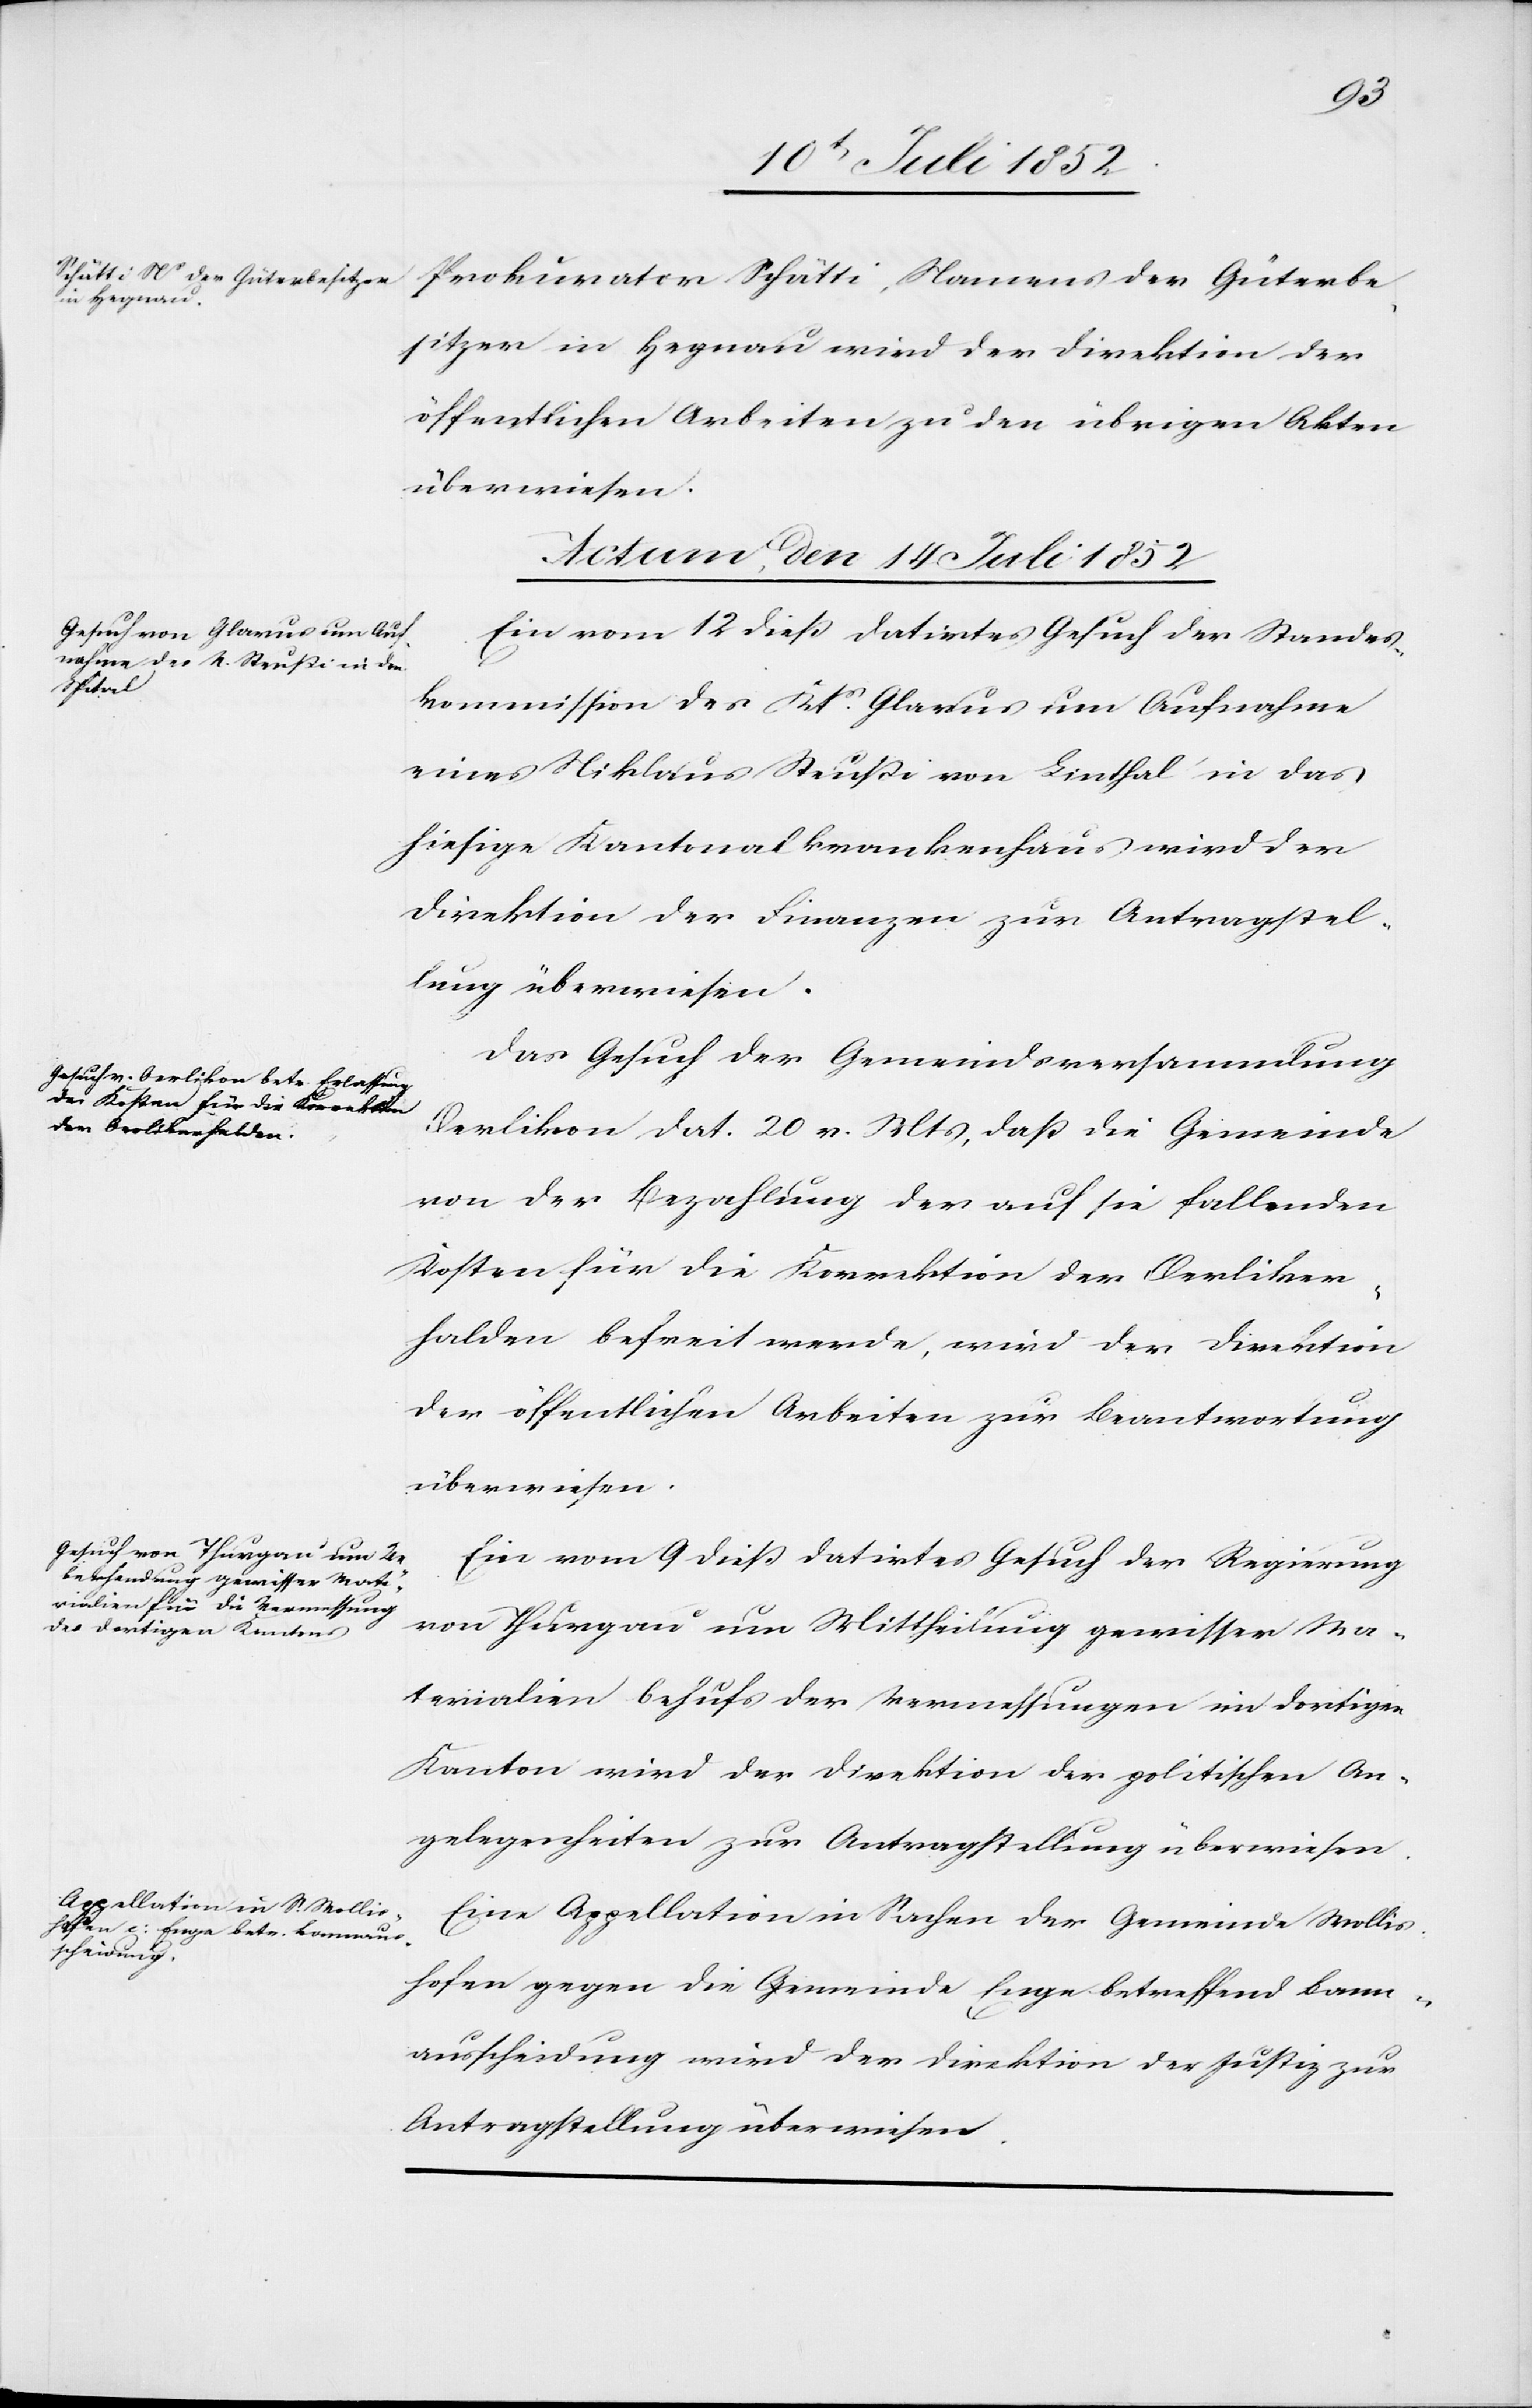
Prokurator Schätti, Namens der Güterbe¬
sitzer in Hegnau wird der Direktion der
öffentlichen Arbeiten zu den übrigen Akten
überwiesen.
Actum, den 14 Juli 1852]
Ein vom 12 dieß datirtes Gesuch der Standes¬
kommission des Kts. Glarus um Aufnahme
eines Niklaus Steußi von Linthal in das
hiesige Kantonalkrankenhaus wird der
Direktion der Finanzen zur Antragstel¬
lung überwiesen.
Das Gesuch der Gemeindsversammlung
Oerlikon dat. 20 v. Mts, daß die Gemeinde
von der Bezahlung der auf sie fallenden
Kosten für die Korrektion der Oerliker¬
halden befreit werde, wird der Direktion
der öffentlichen Arbeiten zur Beantwortung
Ein vom 9 dieß datirtes Gesuch der Regierung
von Thurgau um Mittheilung gewisser Ma¬
terialien behufs der Vermessungen im dortigen
Kanton wird der Direktion der politischen An¬
gelegenheiten zur Antragstellung überwiesen.
Eine Appellation in Sachen der Gemeinde Wollis¬
hofen gegen die Gemeinde Enge betreffend Bann¬
ausscheidung wird der Direktion der Justiz zur
Antragstellung überwiesen.